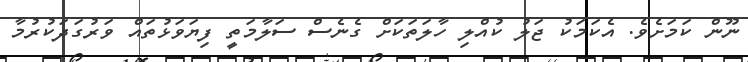
ނޫން ކަމަށެވެ. އެކަމަކު ޖަލު ކުއްލި ހާލަތަކަށް ގެނެސް ސަލާމަތީ ފިޔަވަޅުތައް ވަރުގަދަކުރުމާ